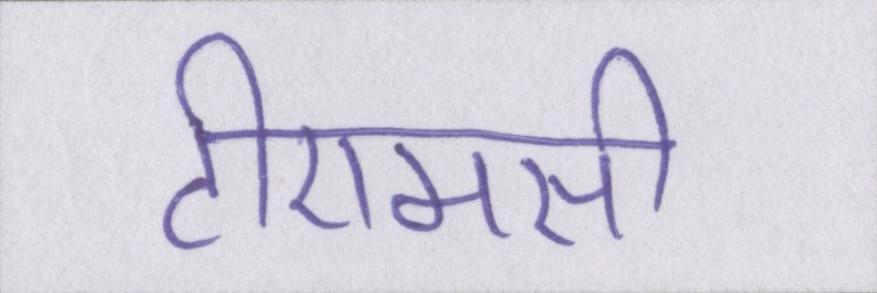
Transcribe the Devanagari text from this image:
टीएमसी